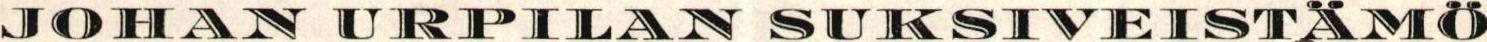
JOHAN URPILAN SUKSIVEISTÄMÖ